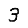
Digit: 3